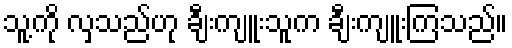
သူ့ကို လှသည်ဟု ချီးကျူးသူက ချီးကျူးကြသည်။